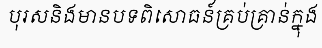
បុរសនិងមានបទពិសោធន៍គ្រប់គ្រាន់ក្នុង